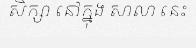
សិក្សា នៅក្នុង សាលា នេះ